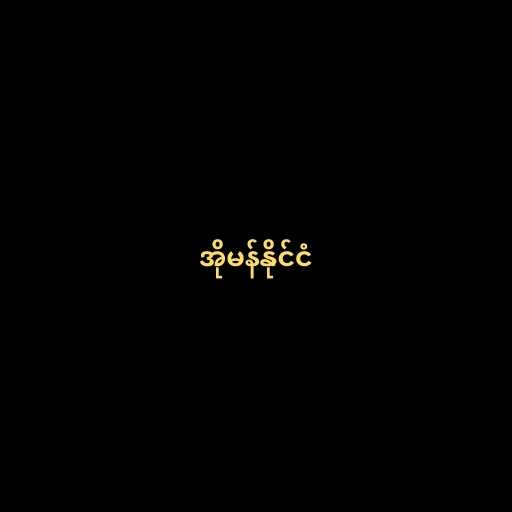
အိုမန်နိုင်ငံ